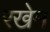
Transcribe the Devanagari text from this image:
रखेम